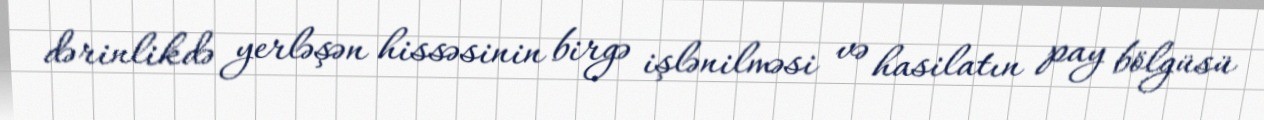
dərinlikdə yerləşən hissəsinin birgə işlənilməsi və hasilatın pay bölgüsü